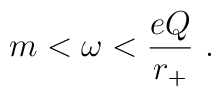
m<\omega< \frac{eQ}{r_+}~.